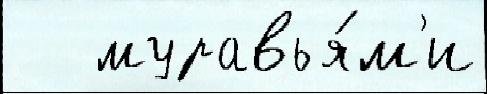
   муравья́м'и